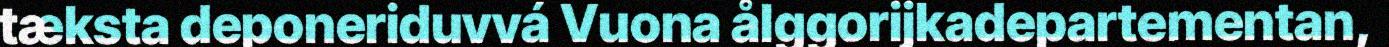
tæksta deponeriduvvá Vuona ålggorijkadepartementan,